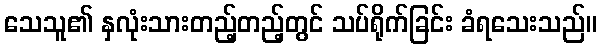
သေသူ၏ နှလုံးသားတည့်တည့်တွင် သပ်ရိုက်ခြင်း ခံရသေးသည်။